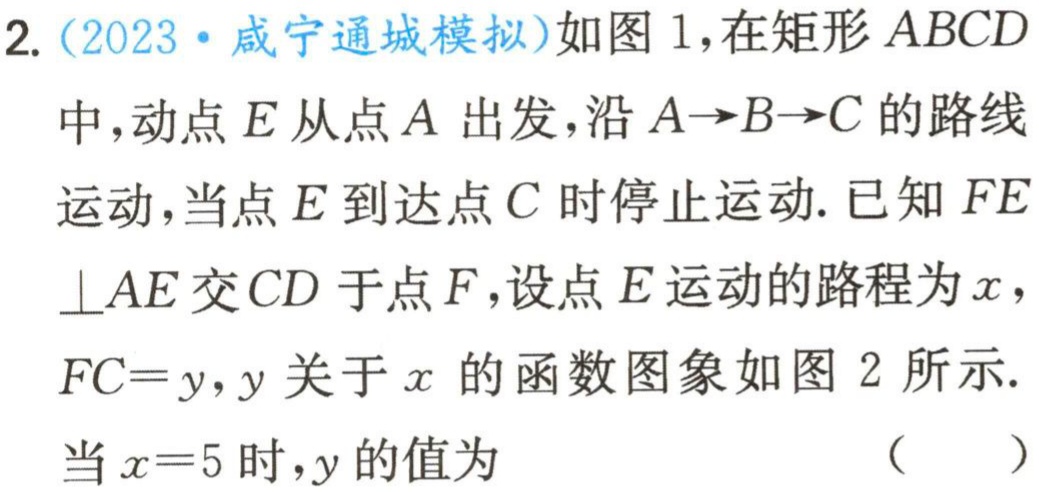
2.（2023·咸宁通城模拟）如图1，在矩形\(ABCD\)中，动点\(E\)从点\(A\)出发，沿\(A\rightarrow B\rightarrow C\)的路线运动，当点\(E\)到达点\(C\)时停止运动. 已知\(FE\perp AE\)交\(CD\)于点\(F\)，设点\(E\)运动的路程为\(x\)，\(FC = y\)，\(y\)关于\(x\)的函数图象如图2所示. 当\(x = 5\)时，\(y\)的值为 （  ）